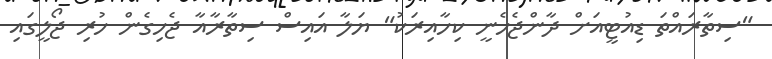
"ސިތާރައްތަ ޑިއުޓީއަށް ދާންޖެހެނީ ކިހާއިރަކު" ޔަލާ އައިސް ސިތާރާއާ ޖެހިގެން ހުރި ޖޯލީގައި